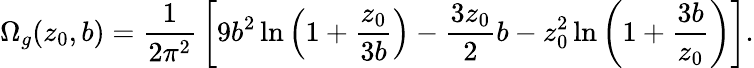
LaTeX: \Omega_{g}(z_{0},b)={\frac{1}{2\pi^{2}}}\left[9b^{2}\ln\left(1+{\frac{z_{0}}{3b}}\right)-{\frac{3z_{0}}{2}}b-z_{0}^{2}\ln\left(1+{\frac{3b}{z_{0}}}\right)\right].